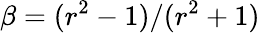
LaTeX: \beta=(r^{2}-1)/(r^{2}+1)